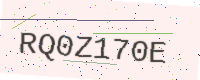
Text: RQ0Z170E